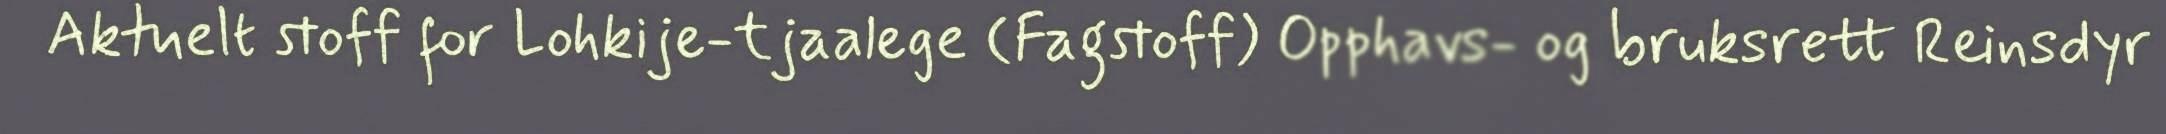
Aktuelt stoff for Lohkije-tjaalege (Fagstoff) Opphavs- og bruksrett Reinsdyr